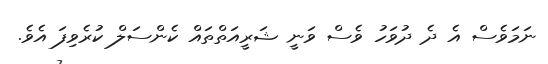
ނަމަވެސް އެ ދެ ދުވަހު ވެސް ވަނީ ޝަރީއަތްތައް ކެންސަލް ކުރެވިފަ އެވެ.